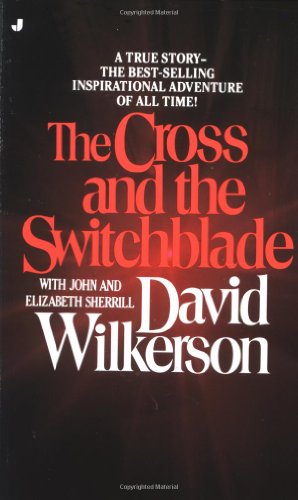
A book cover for The Cross and the Switchblade; David Wilkerson; Biographies & Memoirs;